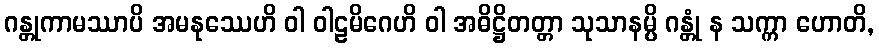
ဂန္တုကာမဿာပိ အမနုဿေဟိ ဝါ ဝါဠမိဂေဟိ ဝါ အဓိဋ္ဌိတတ္တာ သုသာနမ္ပိ ဂန္တုံ န သက္ကာ ဟောတိ,